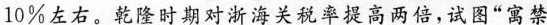
10%左右。乾隆时期对浙海关税率提高两倍，试图”寓禁